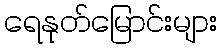
ရေနုတ်မြောင်းများ